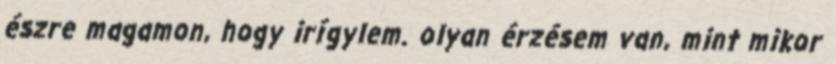
észre magamon, hogy irígylem. olyan érzésem van, mint mikor